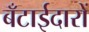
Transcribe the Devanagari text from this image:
बँटाईदारों